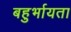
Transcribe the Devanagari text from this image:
बहुर्भायता